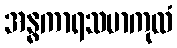
အန္ဓကာရသမာကုလံ